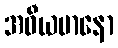
အဓီယမာနော